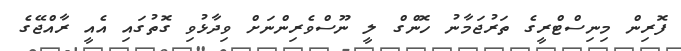
ފޮރިން މިނިސްޓްރީގެ ތަރުޖަމާނު ހޮންގް ލީ ނޫސްވެރިންނަށް ވިދާޅުވި ގޮތުގައި އެއީ ރާއްޖޭގެ